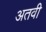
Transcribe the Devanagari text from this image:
अतवी